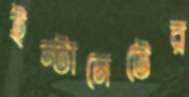
ইন্টানেটের